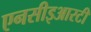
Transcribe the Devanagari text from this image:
एनसीइआरटी